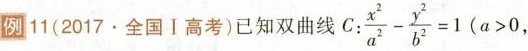
例11 (2017.全国Ⅰ高考)已知双曲线C:$$\frac{x^{2}}{a^{2}}- \frac{y^{2}}{b^{2}}=1(a>0,$$